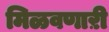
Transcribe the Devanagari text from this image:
मिळवणाऱी